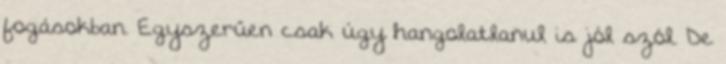
fogásokban. Egyszerűen csak úgy hangolatlanul is jól szól. De